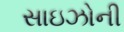
સાઇઝોની